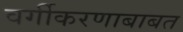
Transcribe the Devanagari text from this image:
वर्गीकरणाबाबत